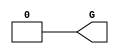
///////////////////////////////////////////////////////////////////////////////
// Copyright (c) 1995/2015 Xilinx, Inc.
// All Right Reserved.
///////////////////////////////////////////////////////////////////////////////
//   ____  ____
//  /   /\/   /
// /___/  \  /    Vendor : Xilinx
// \   \   \/     Version : 2015.4
//  \   \         Description : Xilinx Formal Library Component
//  /   /                  GND cell
// /___/   /\     Filename : GND.v
// \   \  /  \
//  \___\/\___\
//
///////////////////////////////////////////////////////////////////////////////
// Revision:
//    04/01/08 - Initial version.
// End Revision
///////////////////////////////////////////////////////////////////////////////

`timescale  1 ps / 1 ps

`celldefine

module GND(G);

`ifdef XIL_TIMING
 
  parameter LOC = "UNPLACED";

`endif

    output G;

  assign G = 1'b0;

endmodule

`endcelldefine